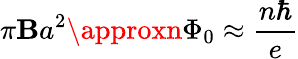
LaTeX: \pi\mathbf{B}a^{2}\approxn\Phi_{0}\approx\frac{{n\hbar}}{{e}}